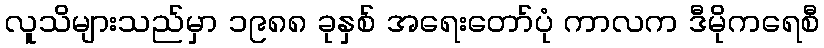
လူသိများသည်မှာ ၁၉၈၈ ခုနှစ် အရေးတော်ပုံ ကာလက ဒီမိုကရေစီ